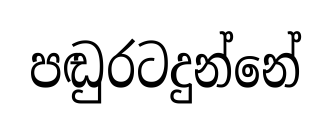
පඬුරටදුන්නේ